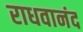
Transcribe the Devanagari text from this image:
राधवानंद